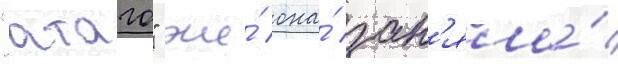
"атаго" же́ она́ зан'яла́